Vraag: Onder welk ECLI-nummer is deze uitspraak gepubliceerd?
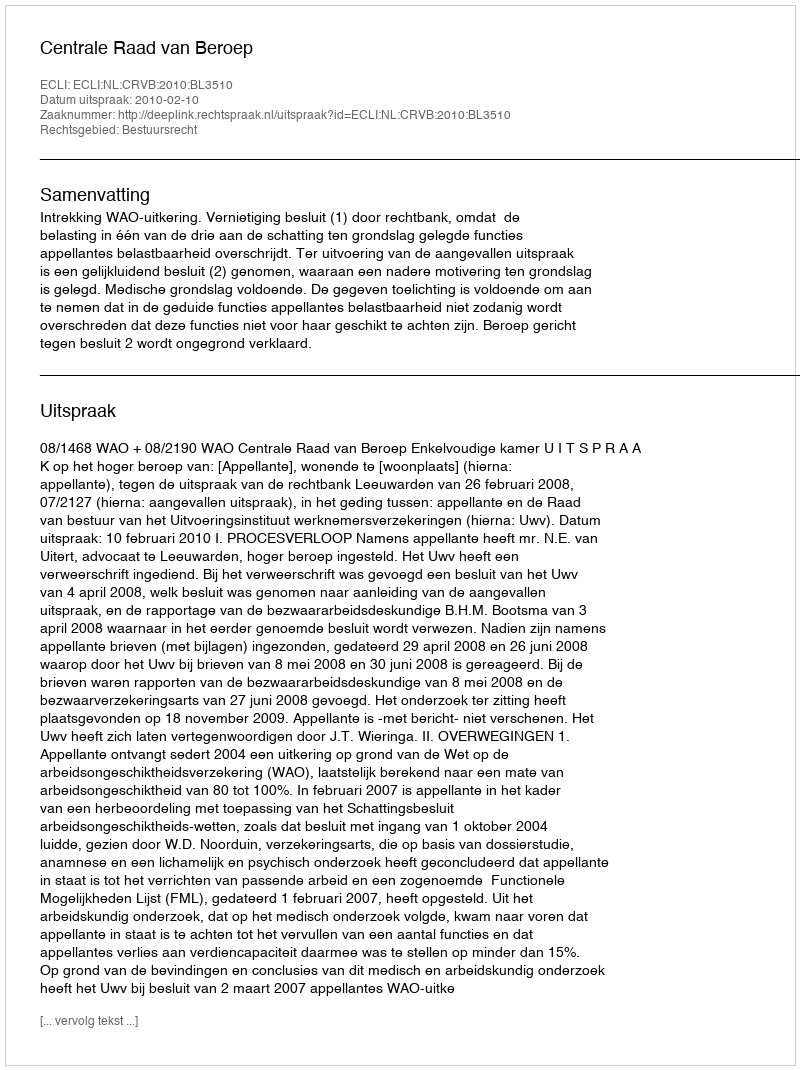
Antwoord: ECLI:NL:CRVB:2010:BL3510